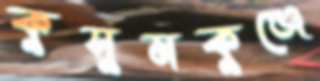
কুসুমকুঞ্জে